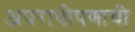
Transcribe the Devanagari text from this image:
अपराधीपणाची